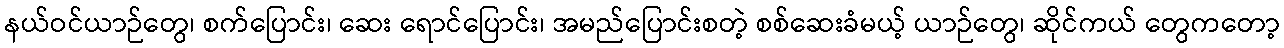
နယ်ဝင်ယာဉ်တွေ၊ စက်ပြောင်း၊ ဆေး ရောင်ပြောင်း၊ အမည်ပြောင်းစတဲ့ စစ်ဆေးခံမယ့် ယာဉ်တွေ၊ ဆိုင်ကယ် တွေကတော့